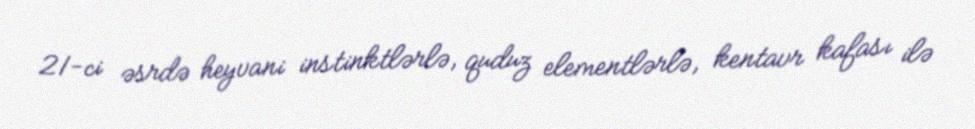
21-ci əsrdə heyvani instinktlərlə, quduz elementlərlə, kentavr kafası ilə